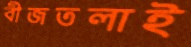
বীজতলাই